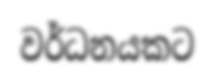
වර්ධනයකට